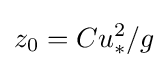
z_{0}=Cu_{*}^{2}/g